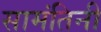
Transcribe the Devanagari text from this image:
सामंतिनी